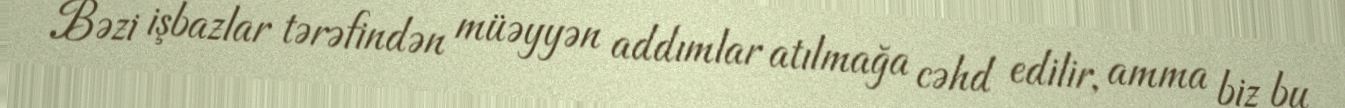
Bəzi işbazlar tərəfindən müəyyən addımlar atılmağa cəhd edilir, amma biz bu